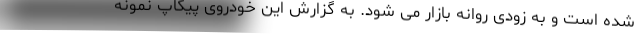
شده است و به زودی روانه بازار می شود. به گزارش این خودروی پیکاپ نمونه